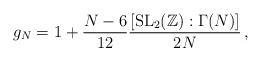
LaTeX: \begin{align*}g_{N}=1+\frac{N-6}{12}\frac{[\mathrm{SL}_{2}(\mathbb{Z}):\Gamma(N)]}{2N}\,,\end{align*}